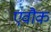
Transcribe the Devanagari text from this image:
एवौक